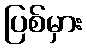
ပြစ်မှား